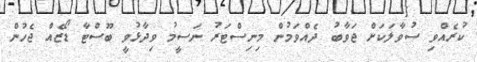
ކުރެއްވި ސުވާލަކަށް ޖަވާބު ދެއްވަމުން މިނިސްޓަރު ނަސީމު ވިދާޅުވީ ބޫސްޓާ ޑޯޒެއް ޖެހުން